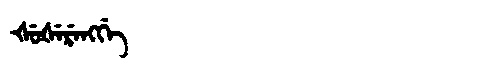
Manchu: ᡧᡠᡧᡝᡵᡝᠩᡤᡝ
Romanization: ŠUŠERENGGE